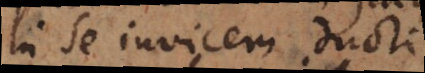
in se invicem ducti